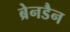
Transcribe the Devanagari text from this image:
ब्रेनडैन